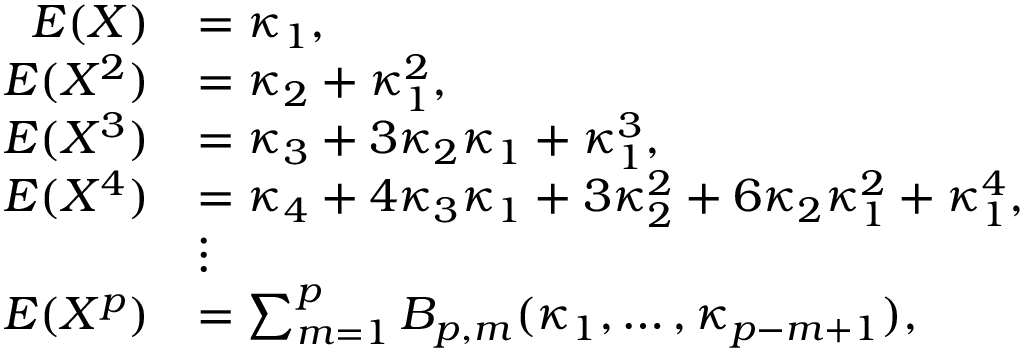
\begin{array} { r l } { E ( X ) } & { = \kappa _ { 1 } , } \\ { E ( X ^ { 2 } ) } & { = \kappa _ { 2 } + \kappa _ { 1 } ^ { 2 } , } \\ { E ( X ^ { 3 } ) } & { = \kappa _ { 3 } + 3 \kappa _ { 2 } \kappa _ { 1 } + \kappa _ { 1 } ^ { 3 } , } \\ { E ( X ^ { 4 } ) } & { = \kappa _ { 4 } + 4 \kappa _ { 3 } \kappa _ { 1 } + 3 \kappa _ { 2 } ^ { 2 } + 6 \kappa _ { 2 } \kappa _ { 1 } ^ { 2 } + \kappa _ { 1 } ^ { 4 } , } \\ & { \vdots } \\ { E ( X ^ { p } ) } & { = \sum _ { m = 1 } ^ { p } B _ { p , m } ( \kappa _ { 1 } , \ldots , \kappa _ { p - m + 1 } ) , } \end{array}